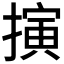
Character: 𢴍